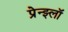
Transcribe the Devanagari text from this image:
प्रेन्झ्लॉ